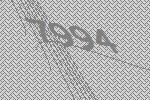
7994